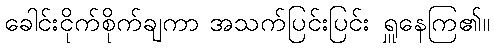
ခေါင်းငိုက်စိုက်ချကာ အသက်ပြင်းပြင်း ရှူနေကြ၏။